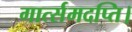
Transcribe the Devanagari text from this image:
गार्त्समदप्ति।